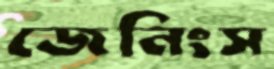
জেনিংস